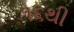
૧૬થી